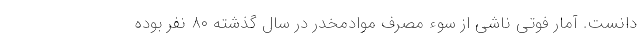
دانست. آمار فوتی ناشی از سوء مصرف موادمخدر در سال گذشته ۸۰ نفر بوده